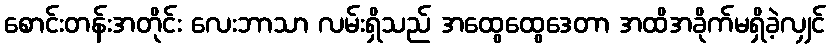
စောင်းတန်းအတိုင်း လေးဘာသာ လမ်းရှိသည် အထွေထွေဒေတာ အထိအခိုက်မရှိခဲ့လျှင်